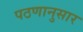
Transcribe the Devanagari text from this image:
पठणानुसार